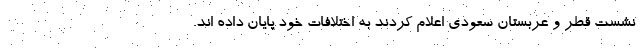
نشست قطر و عربستان سعودی اعلام کردند به اختلافات خود پایان داده اند.